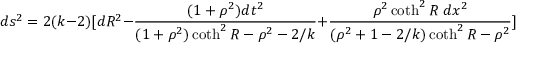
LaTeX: d s ^ { 2 } = 2 ( k - 2 ) [ d R ^ { 2 } - \frac { ( 1 + \rho ^ { 2 } ) d t ^ { 2 } } { ( 1 + \rho ^ { 2 } ) \coth ^ { 2 } R - \rho ^ { 2 } - 2 / k } + \frac { \rho ^ { 2 } \coth ^ { 2 } R \; d x ^ { 2 } } { ( \rho ^ { 2 } + 1 - 2 / k ) \coth ^ { 2 } R - \rho ^ { 2 } } ] ,